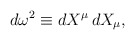
\begin{align*} d\omega^2 \equiv dX^\mu\, dX_\mu,\end{align*}